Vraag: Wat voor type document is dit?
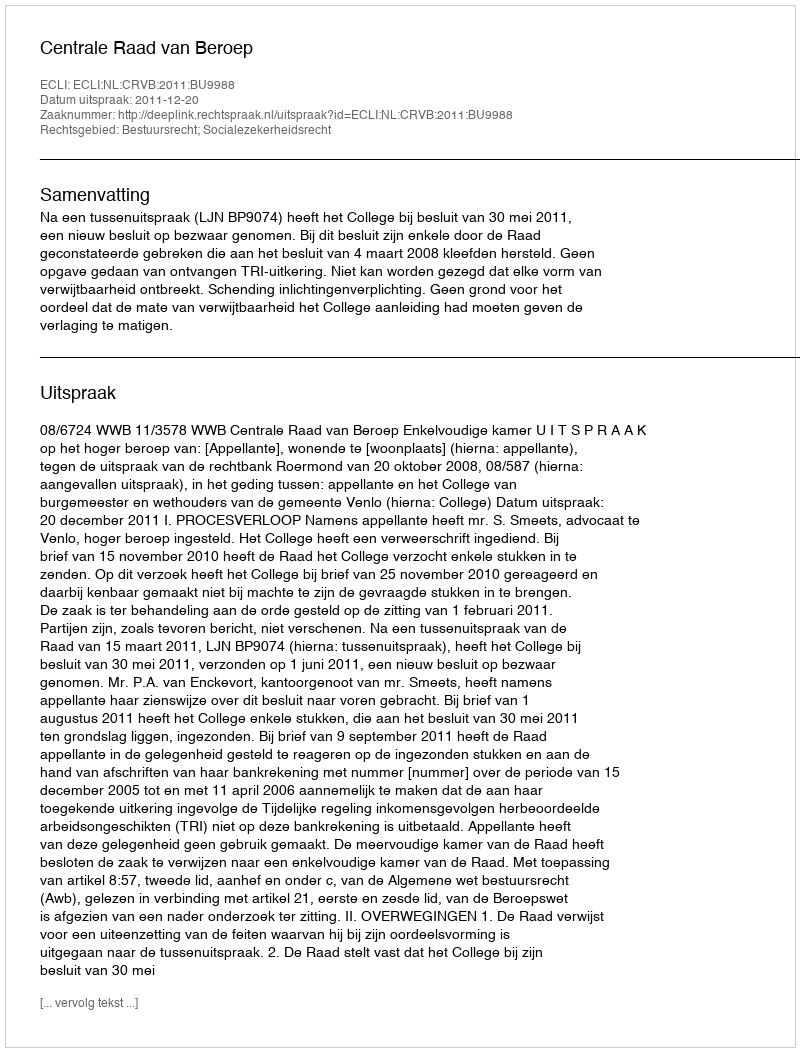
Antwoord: Uitspraak